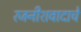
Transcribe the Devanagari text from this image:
रजनीशवादाचे